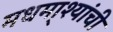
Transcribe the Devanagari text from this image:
मधमा्श्यांची